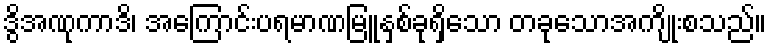
ဒွိအဏုကာဒိ၊ အကြောင်းပရမာဏမြူနှစ်ခုရှိသော တခုသောအကျိုးစသည်။